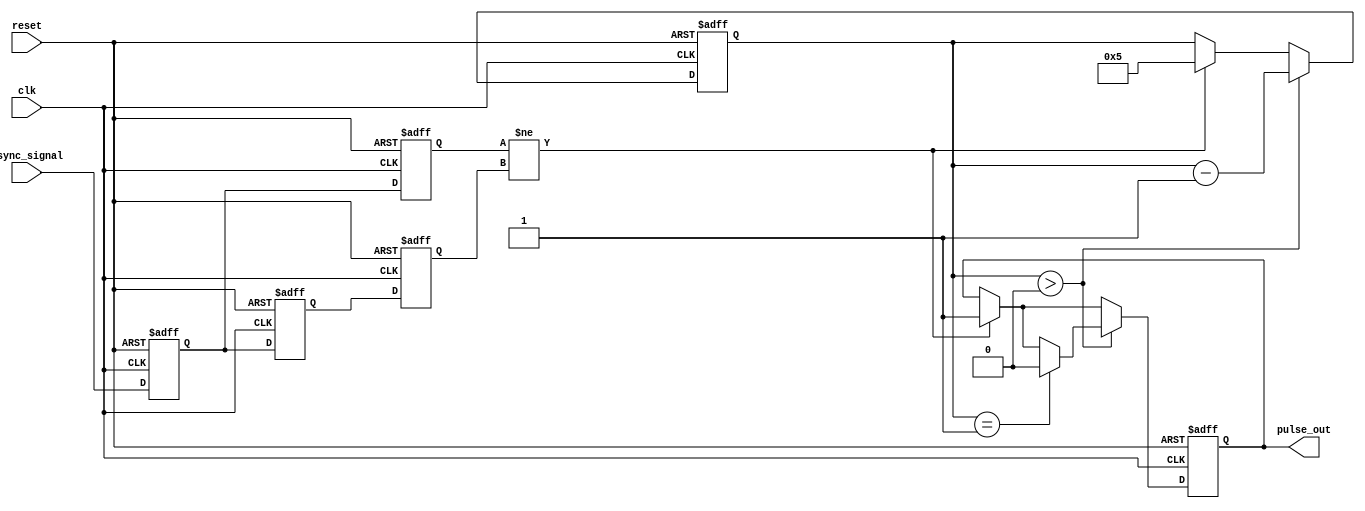
module metastability_detector (
    input wire clk,                // Local clock
    input wire async_signal,       // Asynchronous input signal
    input wire reset,              // Reset signal
    output reg pulse_out           // Output pulse signal
);

    // Internal signals
    reg ff1, ff2;                 // Flip-flop outputs
    reg ff1_stable, ff2_stable;   // Stable outputs for comparison

    // Pulse width control (configurable)
    parameter PULSE_WIDTH = 5;    // Adjust pulse width as needed
    reg [3:0] pulse_counter;       // Pulse counter

    // Flip-flops for capturing the asynchronous signal
    always @(posedge clk or posedge reset) begin
        if (reset) begin
            ff1 <= 1'b0;
            ff2 <= 1'b0;
        end else begin
            ff1 <= async_signal;  // Sample async signal
            ff2 <= ff1;           // Sample the output of the first flip-flop
        end
    end

    // Compare the outputs of the two flip-flops
    always @(posedge clk or posedge reset) begin
        if (reset) begin
            ff1_stable <= 1'b0;
            ff2_stable <= 1'b0;
            pulse_out <= 1'b0;
            pulse_counter <= 4'b0000;
        end else begin
            ff1_stable <= ff1;
            ff2_stable <= ff2;

            // Check for metastability condition
            if (ff1_stable != ff2_stable) begin
                pulse_out <= 1'b1;     // Generate pulse
                pulse_counter <= PULSE_WIDTH; // Set pulse width
            end
            
            // Pulse width control logic
            if (pulse_counter > 0) begin
                pulse_counter <= pulse_counter - 1;
                if (pulse_counter == 1) begin
                    pulse_out <= 1'b0; // Clear pulse after width is reached
                end
            end
        end
    end

endmodule